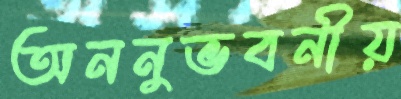
অননুভবনীয়